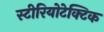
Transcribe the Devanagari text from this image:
स्टीरियोटेक्टिक